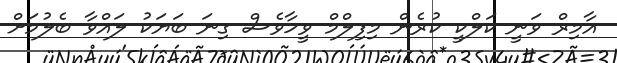
އާމިރް ވަނީ ކަލްކީ ކުރެން މިފިލްމް ވީހާވެސް ގިނަ ބަޔަކު ލައްވާ ބެލުމަށް